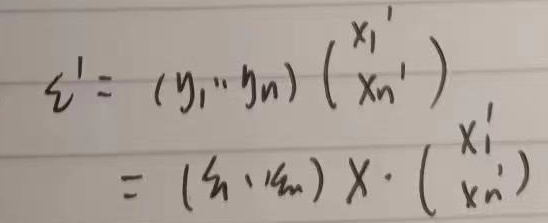
\[
\begin{align*}
\xi'&=(y_1,\cdots,y_n)\begin{pmatrix}x_1'\\x_{n'}\end{pmatrix}\\
&=(\xi_1,\cdots,\xi_n)X\cdot\begin{pmatrix}x_1'\\x_{n'}\end{pmatrix}
\end{align*}
\]